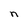
Character: n